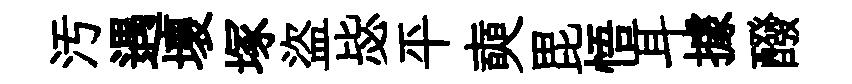
汚遇壞塚盜毖平奭毘悟耳據醱